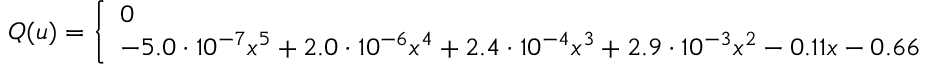
Q ( u ) = \left\{ \begin{array} { l l } { 0 } & { \mathrm { ~ i ~ f ~ } u \leq - 1 1 } \\ { - 5 . 0 \cdot 1 0 ^ { - 7 } x ^ { 5 } + 2 . 0 \cdot 1 0 ^ { - 6 } x ^ { 4 } + 2 . 4 \cdot 1 0 ^ { - 4 } x ^ { 3 } + 2 . 9 \cdot 1 0 ^ { - 3 } x ^ { 2 } - 0 . 1 1 x - 0 . 6 6 } & { \mathrm { ~ i ~ f ~ } u > - 1 1 } \end{array} \right.